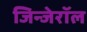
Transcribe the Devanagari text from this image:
जिन्जेरॉल